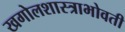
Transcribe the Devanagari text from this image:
खगोलशास्त्राभोवती